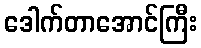
ဒေါက်တာအောင်ကြီး